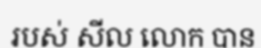
របស់ សីល លោក បាន